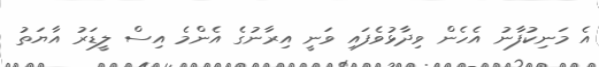
އެ މަނިކުފާނު އެހެން ވިދާޅުވެފައި ވަނީ އިރާނުގެ އެންމެ އިސް ލީޑަރު އާޔަތު